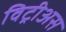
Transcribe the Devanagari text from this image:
विट्रीअस